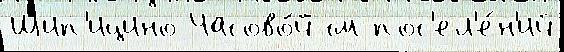
Шип'ицино Часово́й см пос'ел'е́н'ий